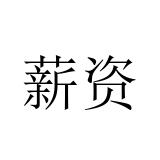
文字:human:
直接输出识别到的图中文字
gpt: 薪资